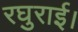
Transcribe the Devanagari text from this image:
रघुराई।